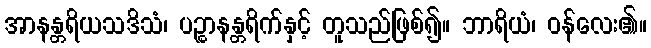
အာနန္တရိယသဒိသံ၊ ပဉ္စာနန္တရိက်နှင့် တူသည်ဖြစ်၍။ ဘာရိယံ၊ ဝန်လေး၏။